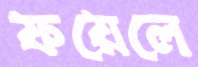
ফয়েলে